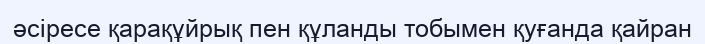
әсіресе қарақұйрық пен құланды тобымен қуғанда қайран